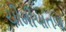
ચીમીપાતળ